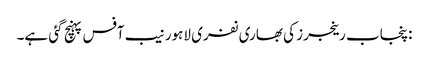
:پنجاب رینجرز کی بھاری نفری لاہور نیب آفس پہنچ گئی ہے۔